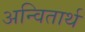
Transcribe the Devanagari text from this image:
अन्वितार्थ